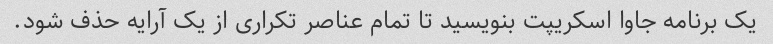
یک برنامه جاوا اسکریپت بنویسید تا تمام عناصر تکراری از یک آرایه حذف شود.